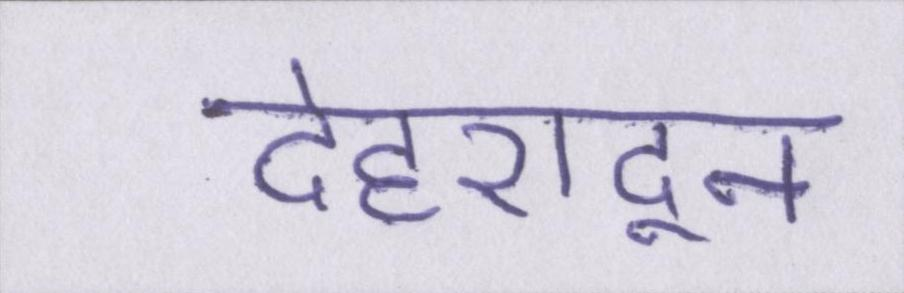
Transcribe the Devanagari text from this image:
देहरादून